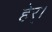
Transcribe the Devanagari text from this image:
हेर्।